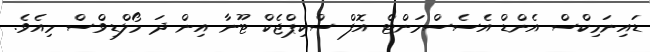
ޑައިނަމިކްސް އެންޑް އެސެސްމަންޓް އޮފް ސްކިޕްޖެކް ޓޫނާ އިން ދަ މޯލްޑިވްސް މިއެވެ.